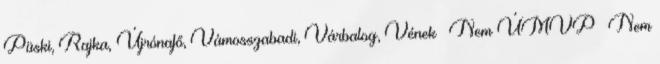
Püski, Rajka, Újrónafő, Vámosszabadi, Várbalog, Vének ▪Nem ÚMVP ▪Nem